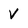
Character: V